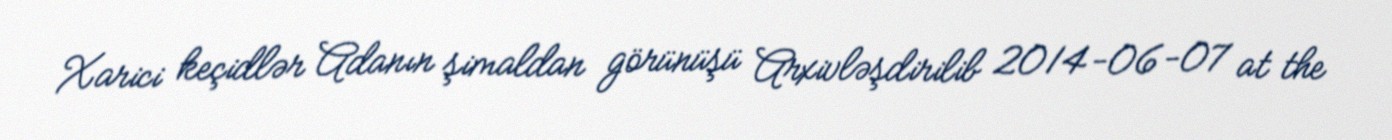
Xarici keçidlər Adanın şimaldan görünüşü Arxivləşdirilib 2014-06-07 at the